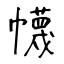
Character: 幭